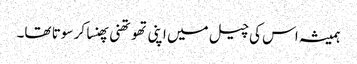
ہمیشہ اس کی چیل میں اپنی تھوتھنی پھنسا کر سوتا تھا۔